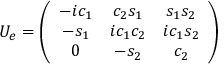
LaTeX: U _ { e } = \left( \begin{array} { c c c } { { - i c _ { 1 } } } & { { c _ { 2 } s _ { 1 } } } & { { s _ { 1 } s _ { 2 } } } \\ { { - s _ { 1 } } } & { { i c _ { 1 } c _ { 2 } } } & { { i c _ { 1 } s _ { 2 } } } \\ { { 0 } } & { { - s _ { 2 } } } & { { c _ { 2 } } } \end{array} \right)